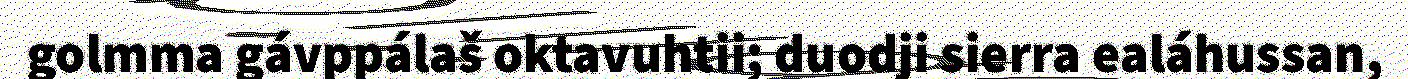
golmma gávppálaš oktavuhtii; duodji sierra ealáhussan,